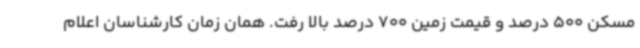
مسکن 500 درصد و قیمت زمین 700 درصد بالا رفت. همان زمان کارشناسان اعلام